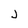
Character: j